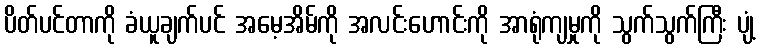
ပိတ်ပင်တာကို ခံယူချက်ပင် အမေ့အိမ်ကို အလင်းဟောင်းကို အာရုံကျမှုကို သွက်သွက်ကြီး ပျံ့